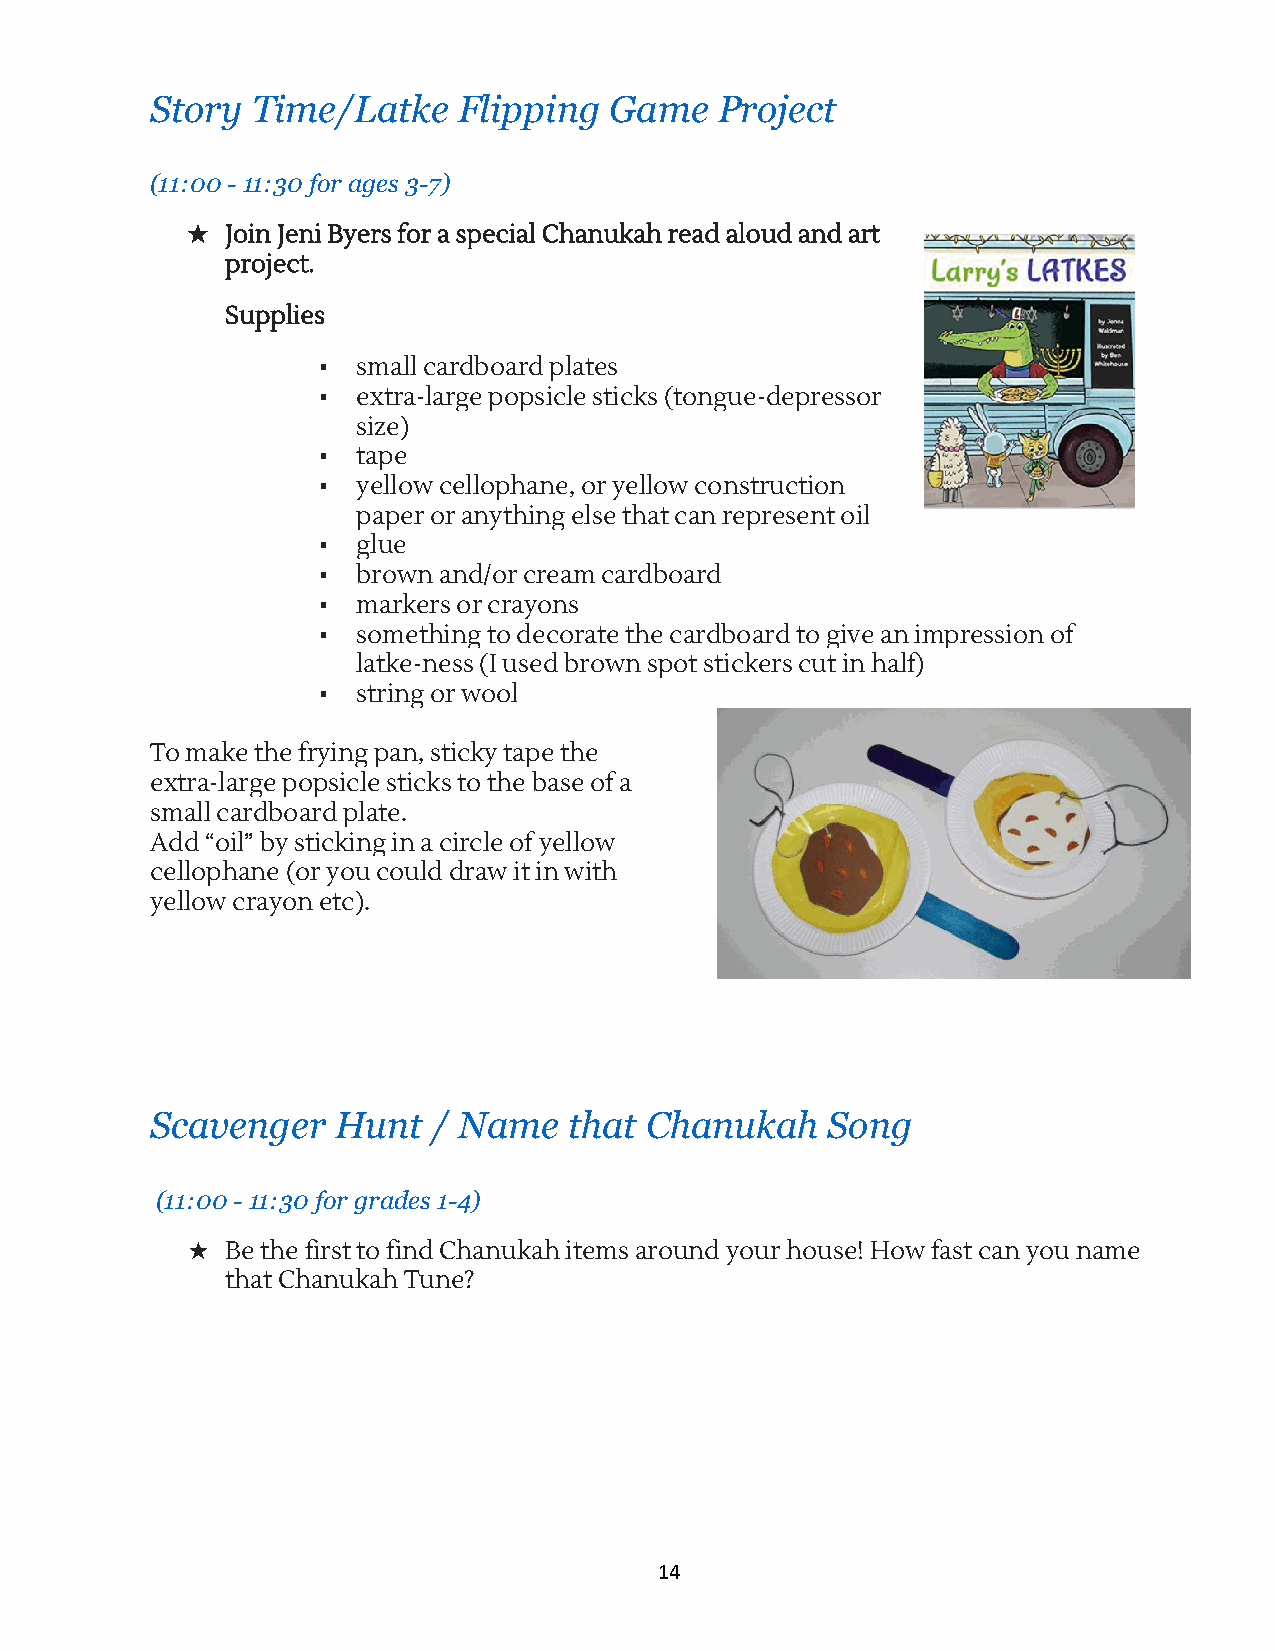
Story  T ime/Latke  F lipping G ame   P roject
 (11:00 - 1 1:30 f or a ges 3 -7)
 ★  Join Jeni Byers for a special Chanukah read aloud and art
 project.
 Supplies
 ▪  small cardboard plates
 ▪  extra-large popsicle sticks (tongue-depressor
 size)
 ▪  tape
 ▪  yellow cellophane, or yellow construction
 paper or anything else that can represent oil
 ▪  glue
 ▪  brown and/or cream cardboard
 ▪  markers or crayons
 ▪  something to decorate the cardboard to give an impression of
 latke-ness (I used brown spot stickers cut in half)
 ▪  string or wool
 To make the frying pan, sticky tape the
 extra-large popsicle sticks to the base of a
 small cardboard plate.
 Add “oil” by sticking in a circle of yellow
 cellophane (or you could draw it in with
 yellow crayon etc).
 Scavenger   H unt  / N ame  t hat C hanukah  S ong
 ( 11:00 - 1 1:30 f or g rades 1 -4)
 ★  Be the first to find Chanukah items around your house! How fast can you name
 that Chanukah Tune?
 14